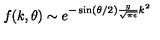
f ( k , \theta ) \sim e ^ { - \sin ( \theta / 2 ) \frac { g } { \sqrt { \pi \epsilon } } k ^ { 2 } }